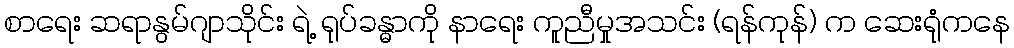
စာရေး ဆရာနွမ်ဂျာသိုင်း ရဲ့ ရုပ်ခန္ဓာကို နာရေး ကူညီမှုအသင်း (ရန်ကုန်) က ဆေးရုံကနေ